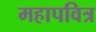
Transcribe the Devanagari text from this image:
महापवित्र